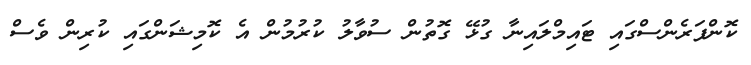
ކޮންފަރެންސްގައި ޓައިމްލައިނާ ގުޅޭ ގޮތުން ސުވާލު ކުރުމުން އެ ކޮމިޝަންގައި ކުރިން ވެސް